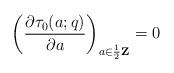
LaTeX: \begin{align*}\left(\frac{\partial \tau_0(a;q)}{\partial a}\right)_{a\in\frac{1}{2}\scriptsize\textbf{Z}\normalsize}=0\end{align*}